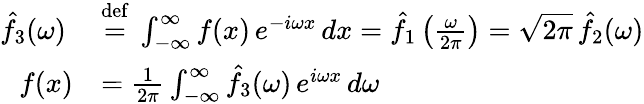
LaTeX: {\begin{array}{rl}{{\hat{f}}_{3}(\omega)\ }&{{\stackrel{\mathrm{def}}{=}}\ \int_{-\infty}^{\infty}f(x)\, e^{-i\omega x}\, dx={\hat{f}}_{1}\left({\frac{\omega}{2\pi}}\right)={\sqrt{2\pi}}\, {\hat{f}}_{2}(\omega)}\\ {f(x)}&{={\frac{1}{2\pi}}\int_{-\infty}^{\infty}{\hat{f}}_{3}(\omega)\, e^{i\omega x}\, d\omega}\end{array}}